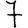
Digit: 7